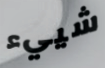
شييء